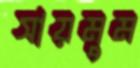
সায়মুম